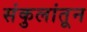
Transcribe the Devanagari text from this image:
संकुलांतून